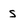
Character: s